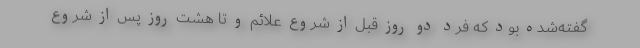
گفته‌شده بود که فرد دو روز قبل از شروع علائم و تا هشت روز پس از شروع